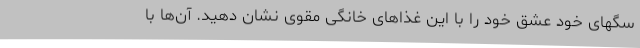
سگهای خود عشق خود را با این غذاهای خانگی مقوی نشان دهید. آن­ها با